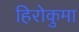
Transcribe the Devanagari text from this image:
हिरोकुमा